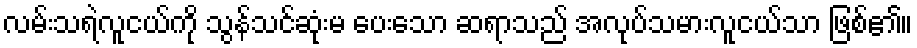
လမ်းသရဲလူငယ်ကို သွန်သင်ဆုံးမ ပေးသော ဆရာသည် အလုပ်သမားလူငယ်သာ ဖြစ်၏။